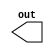
module test(out);
  output out;
`define wow
`define nest_one
`define second_nest
`define nest_two
`ifdef wow
  initial $display("wow is defined");
  `ifdef nest_one
  initial $display("nest_one is defined");
    `ifdef nest_two
  initial $display("nest_two is defined");
    `else
  initial $display("nest_two is not defined");
    `endif
  `else
  initial $display("nest_one is not defined");
  `endif
`else
  initial $display("wow is not defined");
  `ifdef second_nest
  initial $display("second_nest is defined");
  `else
  initial $display("second_nest is not defined");
  `endif
`endif
endmodule